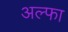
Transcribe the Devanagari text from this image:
अल्‍फा